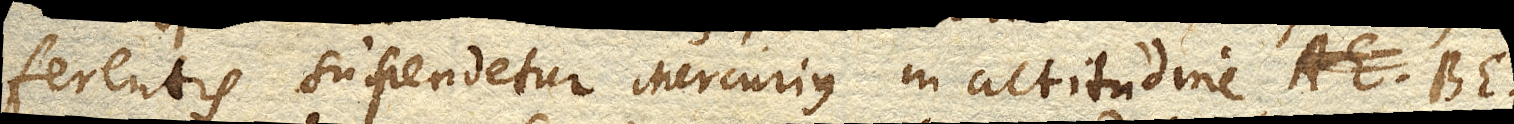
ferentis suspendetur Mercurius in altitudine BE.